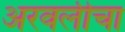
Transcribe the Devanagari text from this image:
अरवलीचा